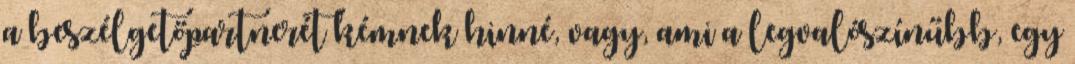
a beszélgetőpartnerét kémnek hinné, vagy, ami a legvalószínűbb, egy